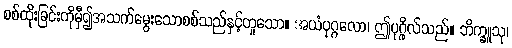
စစ်ထိုးခြင်းကိုမှီ၍အသက်မွေးသောစစ်သည်နှင့်တူသော။ အယံပုဂ္ဂလော၊ ဤပုဂ္ဂိုလ်သည်။ ဘိက္ခူသု၊